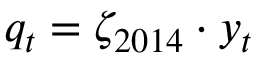
q _ { t } = \zeta _ { 2 0 1 4 } \cdot y _ { t }